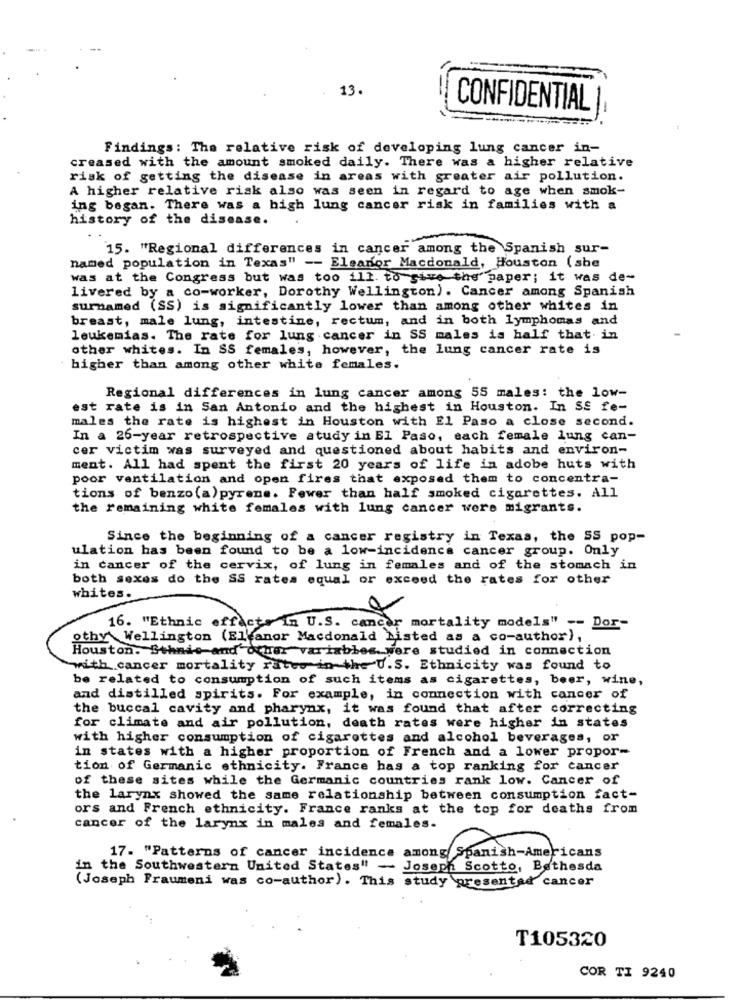
13.
CONFIDENTIAL
-
Findings: The relative risk of developing lung cancer in-
creased with the amount smoked daily. There was a higher relative
risk of getting the disease in areas with greater air pollution.
A higher relative risk also was seen in regard to age when smok-
ing began. There was a high lung cancer risk in families with a
history of the disease.
15. "Regional differences in cancer among the Spanish sur-
named population in Texas" -- Eleanor Macdonald, Houston (she
was at the Congress but was too ill. to give the paper; it was de-
livered by a co-worker, Dorothy Wellington). Cancer among Spanish
surnamed (SS) is significantly lower than among other whites in
breast, male lung, intestine, rectum, and in both lymphomas and
leukemias. The rate for lung cancer in SS males is half that. in
other whites. In SS females, however, the lung cancer rate is
higher than among other white females.
Regional differences in lung cancer among 55 males: the low-
est rate is in San Antonio and the highest in Houston. In SE fe-
males the rate is highest in Houston with El Paso a close second.
In a 26-year retrospective study in El Paso, each female lung can-
cer victim was surveyed and questioned about habits and environ-
ment. All had spent the first 20 years of life in adobe huts with
poor ventilation and open fires that exposed them to concentra-
tions of benzo (a) pyrene. Fewer than half smoked cigarettes. All
the remaining white females with lung cancer were migrants.
Since the beginning of a cancer registry in Texas, the SS pop-
ulation has been found to be a low-incidence cancer group. Only
in cancer of the cervix, of lung in females and of the stomach in
both sexes do the SS rates equal or exceed the rates for other
whites.
16. "Ethnic effects in U.S. cancer mortality models" -- Dor-
othy' Wellington (Eleanor Macdonald Listed as a co-author),
Houston. Ethnic and other variables __ were studied in connection
with cancer mortality rates in the U.S. Ethnicity was found to
be related to consumption of such items as cigarettes, beer, wine,
and distilled spirits. For example, in connection with cancer of
the buccal cavity and pharynx, it was found that after correcting
for climate and air pollution, death rates were higher in states
with higher consumption of cigarettes and alcohol beverages, or
in states with a higher proportion of French and a lower propor-
tion of Germanic ethnicity. France has a top ranking for cancer
of these sites while the Germanic countries rank low. Cancer of
the larynx showed the same relationship between consumption fact-
ors and French ethnicity. France ranks at the top for deaths from
cancer of the larynx in males and females.
17. "Patterns of cancer incidence among Spanish-Americans
the Southwestern United States" - Joseph Scotto, Bethesda
(Joseph Fraumeni was co-author). This study presented cancer
T105320
COR TI 9240